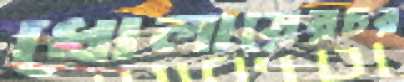
ধোলায়েরচর